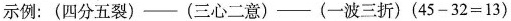
示例：(四分五裂)—(三心二意)—(一波三折) ( $$4 5 - 3 2 = 1 3$$)